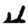
Digit: 4